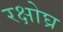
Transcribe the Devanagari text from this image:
रक्षोघ्र